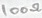
Text: 100Ω